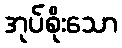
အုပ်စိုးသော